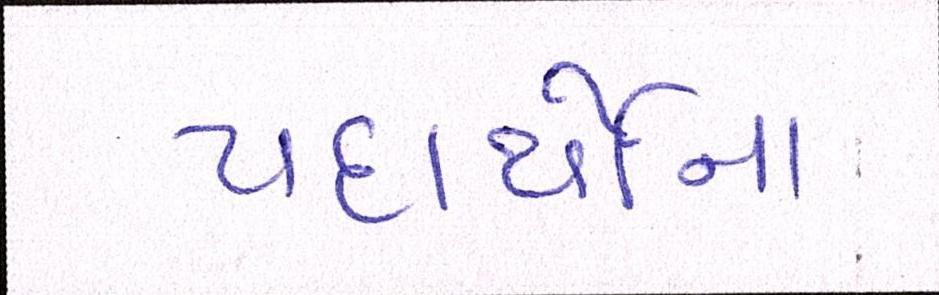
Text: પદાર્થોના